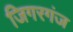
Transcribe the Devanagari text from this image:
जिगरगंज